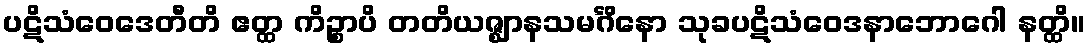
ပဋိသံဝေဒေတီတိ ဧတ္ထ ကိဉ္စာပိ တတိယဇ္ဈာနသမင်္ဂိနော သုခပဋိသံဝေဒနာဘောဂေါ နတ္ထိ။